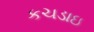
કચડાઇ